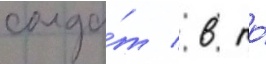
солда́т / в то́